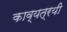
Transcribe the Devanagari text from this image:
काव्यत्रयी